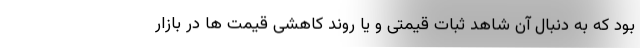
بود که به دنبال آن شاهد ثبات قیمتی و یا روند کاهشی قیمت ها در بازار